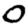
Digit: 0